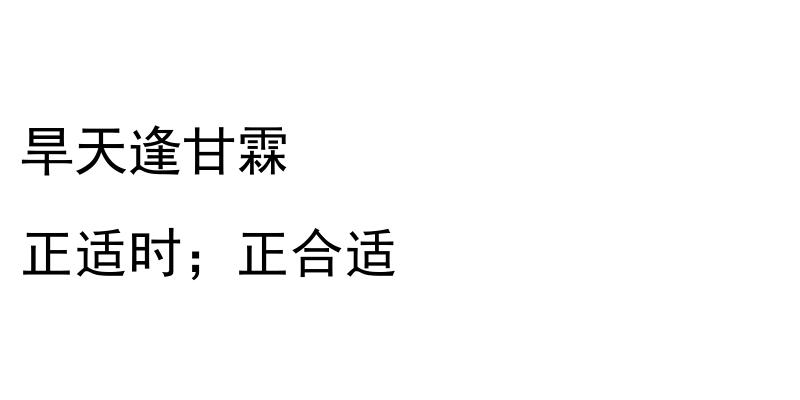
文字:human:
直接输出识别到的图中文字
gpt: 旱天逢甘霖 正适时；正合适